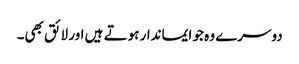
دوسرے وہ جو ایماندار ہوتے ہیں اور لائق بھی۔